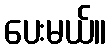
ပေးမယ်။